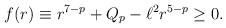
LaTeX: \begin{align*}f(r)\equiv r^{7-p}+Q_{p}-\ell^{2}r^{5-p}\ge 0.\end{align*}